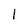
Character: l